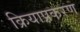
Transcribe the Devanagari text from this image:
क्रियाप्रकरण